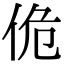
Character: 佹